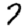
Digit: 7